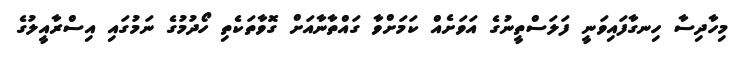
މިހާދިސާ ހިނގާފައިވަނީ ފަލަސްތީނުގެ އަވަށެއް ކަމަށްވާ ގައްތާނާއަށް ގޮވާތަކެތި ހޯދުމުގެ ނަމުގައި އިސްރާއީލުގެ